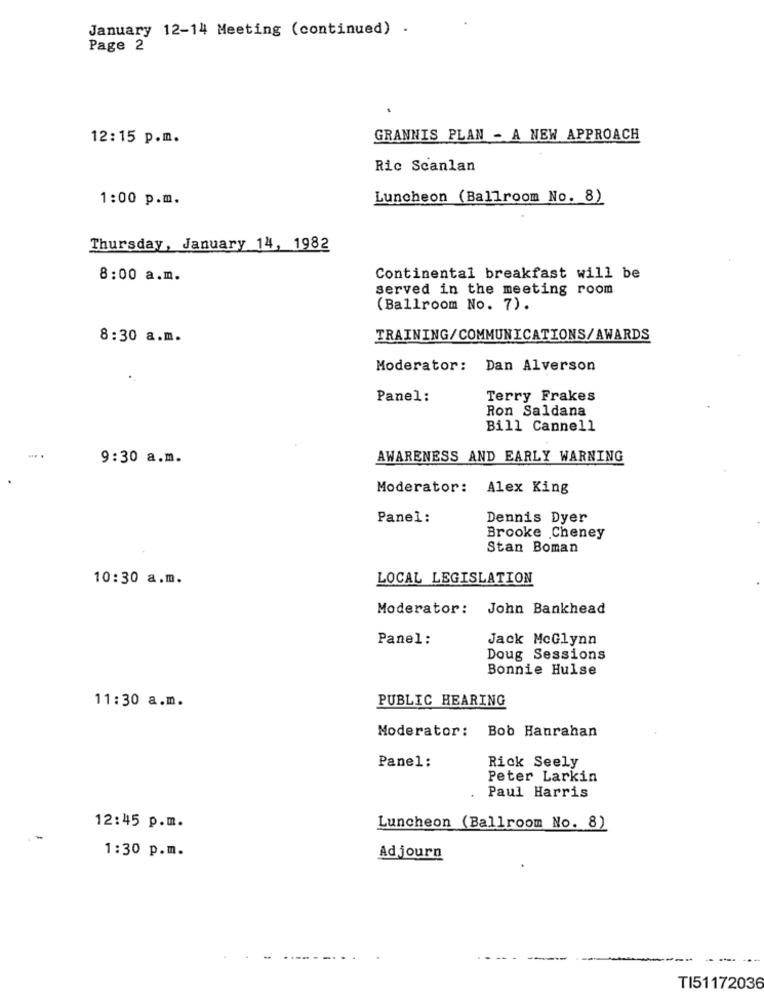
January 12-14 Meeting (continued) .
Page 2
12:15 p.m.
GRANNIS PLAN - A NEW APPROACH
Ric Scanlan
1:00 p.m.
Luncheon (Ballroom No. 8)
Thursday, January 14, 1982
8:00 a.m.
Continental breakfast will be
served in the meeting room
(Ballroom No. 7).
8:30 a.m.
TRAINING/COMMUNICATIONS/AWARDS
Moderator: Dan Alverson
Panel:
Terry Frakes
Ron Saldana
Bill Cannell
9:30 a.m.
AWARENESS AND EARLY WARNING
Moderator:
Alex King
Panel:
Dennis Dyer
Brooke Cheney
Stan Boman
10:30 a.m.
LOCAL LEGISLATION
Moderator: John Bankhead
Panel:
Jack McGlynn
Doug Sessions
Bonnie Hulse
PUBLIC HEARING
11:30 a.m.
Moderator:
Bob Hanrahan
Rick Seely
Panel:
Peter Larkin
Paul Harris
12:45 p.m.
Luncheon (Ballroom No. 8)
1:30 p.m.
Ad journ
TI51172036